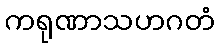
ကရုဏာသဟဂတံ